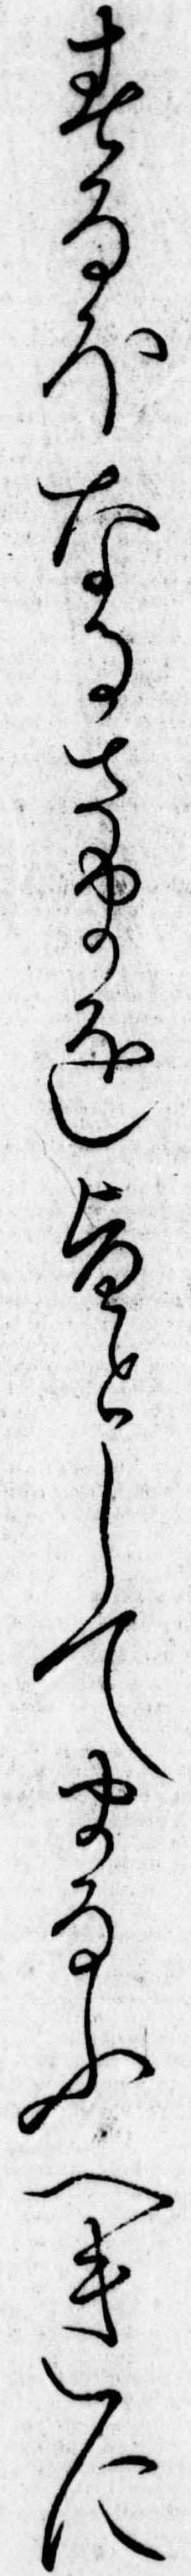
すなほなるさまを旨としてまなふへきに